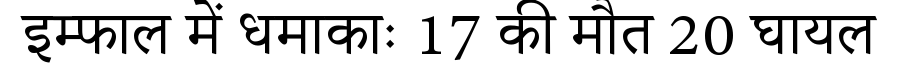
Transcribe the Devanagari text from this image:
इम्फाल में धमाकाः 17 की मौत 20 घायल